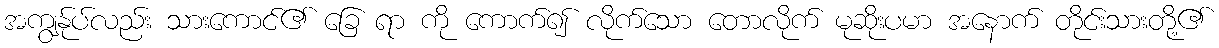
အကျွန်ုပ်လည်း သားကောင်၏ ခြေ ရာ ကို ကောက်၍ လိုက်သော တောလိုက် မုဆိုးပမာ အနောက် တိုင်းသားတို့၏